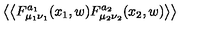
\left< \left< F _ { \mu _ { 1 } \nu _ { 1 } } ^ { a _ { 1 } } ( x _ { 1 } , w ) F _ { \mu _ { 2 } \nu _ { 2 } } ^ { a _ { 2 } } ( x _ { 2 } , w ) \right> \right>